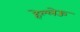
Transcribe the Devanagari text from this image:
हेल्लेऊ